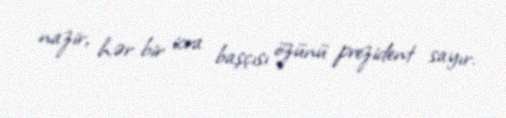
nazir, hər bir icra başçısı özünü prezident sayır.